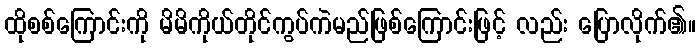
ထိုစစ်ကြောင်းကို မိမိကိုယ်တိုင်ကွပ်ကဲမည်ဖြစ်ကြောင်းဖြင့် လည်း ပြောလိုက်၏။